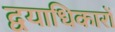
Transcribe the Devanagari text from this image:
द्वयाधिकारों